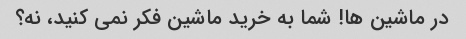
در ماشین ها! شما به خرید ماشین فکر نمی کنید، نه؟